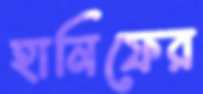
হানিফের